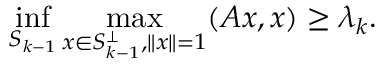
\operatorname* { i n f } _ { S _ { k - 1 } } \operatorname* { m a x } _ { x \in S _ { k - 1 } ^ { \perp } , \| x \| = 1 } ( A x , x ) \geq \lambda _ { k } .